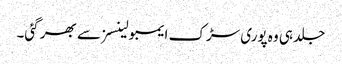
جلد ہی وہ پوری سڑک ایمبولینسز سے بھر گئی۔